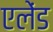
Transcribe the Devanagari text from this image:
एलेंड